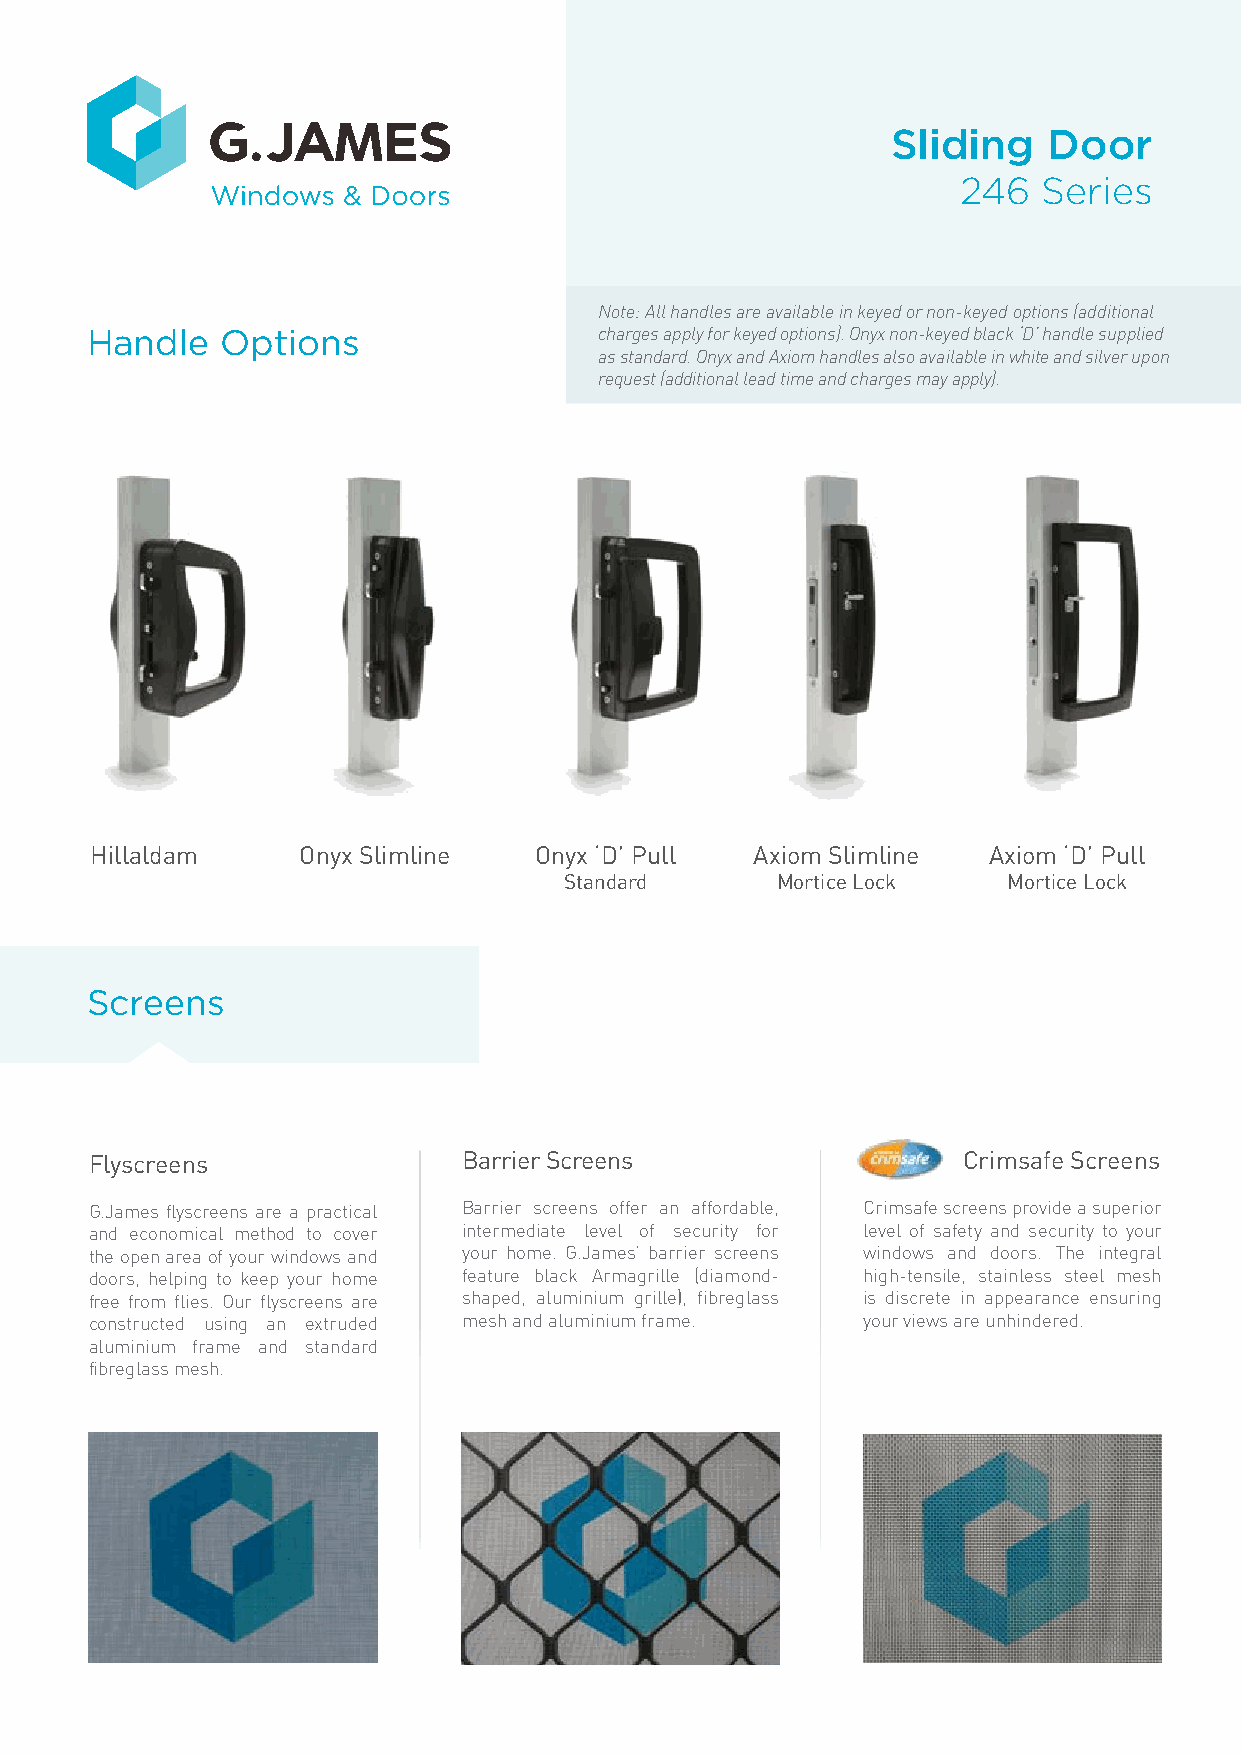
Sliding   Door
 246  Series
 Note: All handles are available in keyed or non-keyed options (additional
 Handle   Options                  charges apply for keyed options). Onyx non-keyed black ‘D’ handle supplied
 as standard. Onyx and Axiom handles also available in white and silver upon
 request (additional lead time and charges may apply).
 Hillaldam     Onyx Slimline  Onyx ‘D’ Pull  Axiom Slimline Axiom ‘D’ Pull
 Standard      Mortice Lock    Mortice Lock
 Screens
 Flyscreens               Barrier Screens                  Crimsafe Screens
 G.James flyscreens are a practical Barrier screens offer an affordable, Crimsafe screens provide a superior
 and economical method to cover intermediate level of security for level of safety and security to your
 the open area of your windows and your home. G.James’ barrier screens windows and doors. The integral
 doors, helping to keep your home feature black Armagrille (diamond- high-tensile, stainless steel mesh
 free from flies. Our flyscreens are shaped, aluminium grille), fibreglass is discrete in appearance ensuring
 constructed using an extruded mesh and aluminium frame. your views are unhindered.
 aluminium frame and standard
 fibreglass mesh.